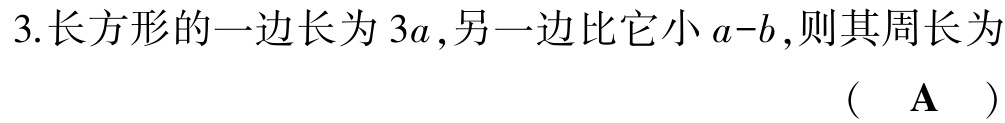
3.长方形的一边长为 \(3a\),另一边比它小 \(a - b\),则其周长为

（  \(\mathbf{A}\)  ）